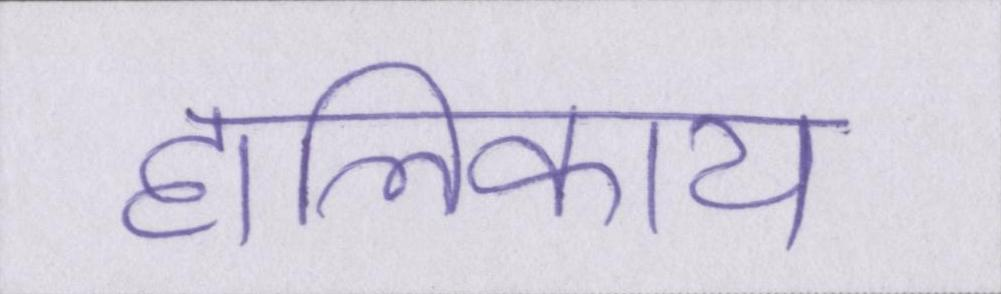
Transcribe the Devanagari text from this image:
हालिकाय